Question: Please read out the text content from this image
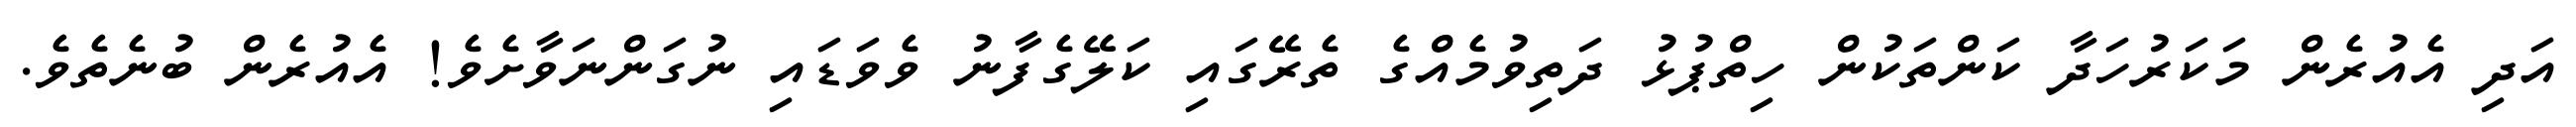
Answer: އަދި އެއުރެން މަކަރުހަދާ ކަންތަކުން ހިތްޕުޅު ދަތިވުމެއްގެ ތެރޭގައި ކަލޭގެފާނު ވެވަޑައި ނުގަންނަވާށެވެ! އެއުރެން ބުނެތެވެ.